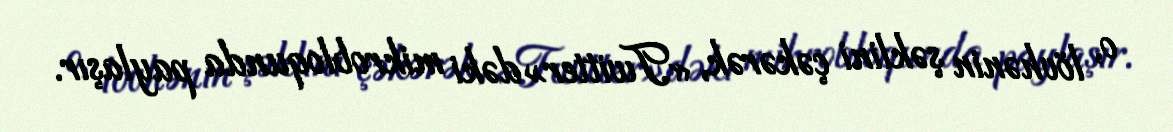
o, lövhənin şəklini çəkərək, «Twitter»dəki mikrobloqunda paylaşır.